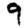
Digit: 9